Civil Veterinary Department Bengal reports 1933-51 - 1933-1951
Year: 1933
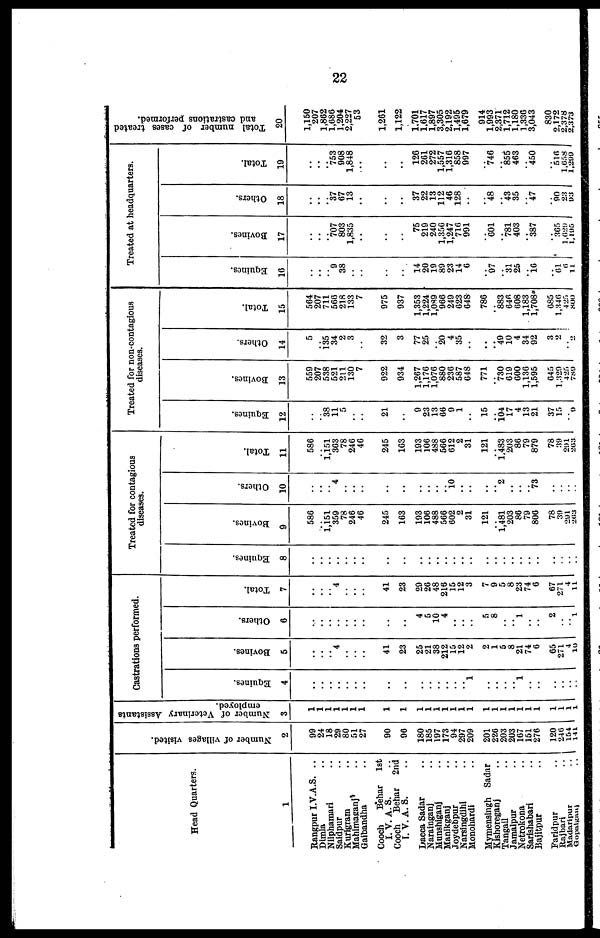
22
Head Quarters.
1
Rangpur I.V.A.S. ..
Dimla ..
Nilphamari ..
Saidpur ..
Kurigram ..
Mahimaganj ..
Gaibandha ..
Cooch
Behar
1st
I. V. A. S.
Cooch
Behar
2nd
I. V. A. S.
Dacca Sadar ..
Narainganj ..
Munshiganj ..
Manikganj ..
Joydebpur ..
Narsingdihi ..
Monohardi ..
Mymensingh
Sadar
Kishoreganj ..
Tangail ..
Jamalpur ..
Netrokona ..
Sarishabari ..
Bajitpur ..
Faridpur ..
Rajbari ..
Madaripur ..
Gopalganj ..
Number of villages visited.
2
99
24
18
29
80
51
27
90
90
180
185
197
173
94
297
209
201
220
203
203
107
151
276
120
246
154
141
Number of Veterinary Assistants
employed.
3
1
1
1
1
1
1
1
1
1
1
1
1
1
1
1
1
1
1
1
1
1
1
1
1
1
1
1
1
1
Castrations performed.
Equines.
4
..
..
..
..
..
..
..
..
..
..
..
..
..
..
..
..
.. 1
..
..
..
1
..
..
..
..
..
..
Bovines.
5
..
..
.. 4
..
..
..
..
41
.. 23
25
21
38
212
15
12
2
2
1
5
8
21
74
6
65
271
4
10
Others.
6
..
..
..
..
..
..
..
..
..
..
..
4
5
10
4
..
..
..
5
8
..
.. 1
..
..
2
..
.. 1
Total.
7
..
..
.. 4
..
..
..
..
41
.. 23
29
20
48
216
15
12
3
7
9
5
8
23
74
6
67
271
4
11
Treated for contagious
diseases.
Equines.
8
..
..
..
..
..
..
..
..
..
..
..
..
..
..
..
..
..
..
..
..
..
..
..
..
..
..
..
..
..
Bovines.
9
586
.. 1,151
359
78
246
46
..
245
.. 163
193
106
488
566
602
2
31
121
.. 1,481
203
86
79
800
78
30
291
263
Others.
10
..
..
.. 4
..
..
..
..
..
..
..
..
..
..
..
10
..
..
..
.. 2
..
..
.. 73
..
..
..
..
Total.
11
586
.. 1,151
303
78
246
40
..
245
.. 103
193
106
438
566
612
2
31
121
.. 1.483
203
80
79
879
78
39
291
203
Treated for non-contagious
diseases.
Equines.
12
..
.. 38
11
5
..
..
..
21
..
..
9
23
13
66
9
1
..
15
.. 104
17
4
13
21
37
15
.. 9
Bovines.
13
559
207
538
521
211
130
7
..
922
.. 934
1,267
1,176
1,076
880
236
587
648
771
.. 730
619
600
1,130
1,595
645
1,329
425
789
Others.
14
5
.. 135
34
2
3
..
..
32
.. 3
77
25
.. 20
4
35
..
..
.. 49
10
4
34
92
3
2
.. 2
Total.
15
564
207
711
560
218
133
7
..
975
937
1,353
1,224
1,089
966
249
023
648
780
883
646
68
1,183
1,708
685
1,346
425
800
Treated at headquarters.
Equines.
16
..
..
.. 9
38
..
..
..
..
..
14
20
19
89
23
14
6
..
97
31
25
16
..
61
6
11
Bovines.
17
..
..
.. 707
803
1,835
..
..
..
..
..
75
219
240
1,350
1,247
710
991
..
601
781
403
387
..
365
1,629
1,195
Others.
18
..
..
37
67
13
..
..
..
..
..
37
22
13
112
46
128
..
..
48
43
35
47
..
90
23
9
Total.
19
..
..
753
908
1,848
..
..
..
..
..
126
201
272
1,557
1,310
858
997
..
746
855
463
450
..
516
1,658
1,299
Total number of cases treated
and castrations performed.
20
1,160
207
1,862
1,686
1,204
2,227
53
1,201
1,122
1.701
1,617
1,897
3,305
2,192
1,495
1,679
914
1,993
2,371
1,712
1,180
1,330
3,043
830
2,172
2,378
2.373